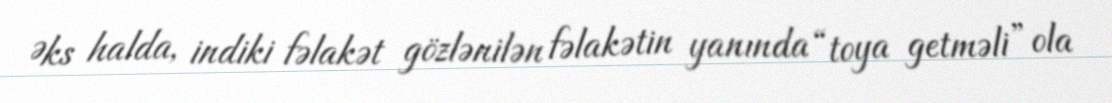
Əks halda, indiki fəlakət gözlənilən fəlakətin yanında “toya getməli” ola